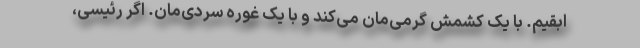
ابقیم. با یک کشمش گرمی‌مان می‌کند و با یک غوره سردی‌مان. ‌اگر رئیسی،